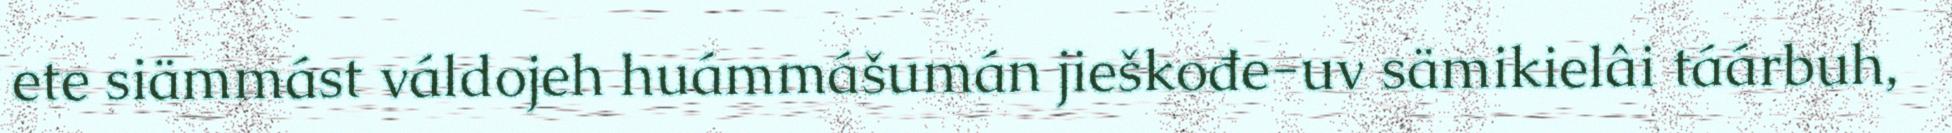
ete siämmást váldojeh huámmášumán jieškođe-uv sämikielâi táárbuh,